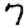
Digit: 7